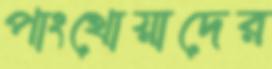
পাংখোয়াদের